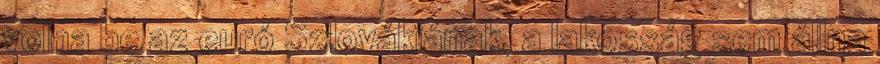
volna be az euró Szlovákiának, a lakosság sem állna